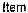
ITEM